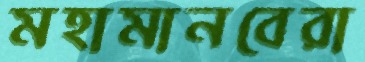
মহামানবেরা